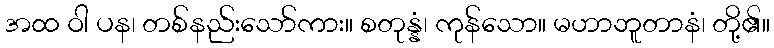
အထ ဝါ ပန၊ တစ်နည်းသော်ကား။ စတုန္နံ၊ ကုန်သော။ မဟာဘူတာနံ၊ တို့၏။